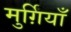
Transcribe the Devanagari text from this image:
मुर्ग़ियाँ